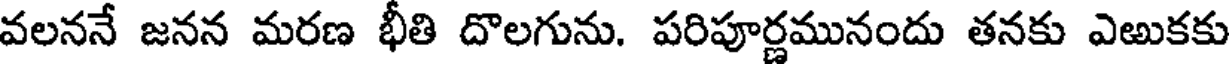
వలననే జనన మరణ భీతి దొలగును. పరిపూర్ణమునందు తనకు ఎఱుకకు